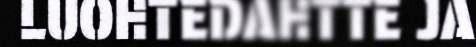
LUOHTEDAHTTE JA